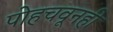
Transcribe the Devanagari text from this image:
पोहचवूनही